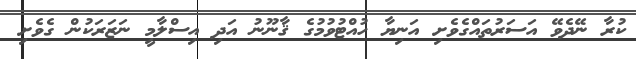
ކުރާ ނޭދެވޭ އަސަރުތައްގެވެށި އަނިޔާ ހުއްޓުވުމުގެ ޤާނޫނު އަދި އިސްލާމީ ނަޒަރަކުން ގެވެށި